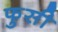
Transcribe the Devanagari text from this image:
फुसी